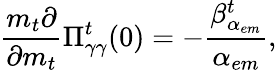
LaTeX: \frac{m_{t}\partial}{\partial m_{t}}\Pi_{\gamma\gamma}^{t}(0)=-\frac{\beta_{\alpha_{em}}^{t}}{\alpha_{em}},